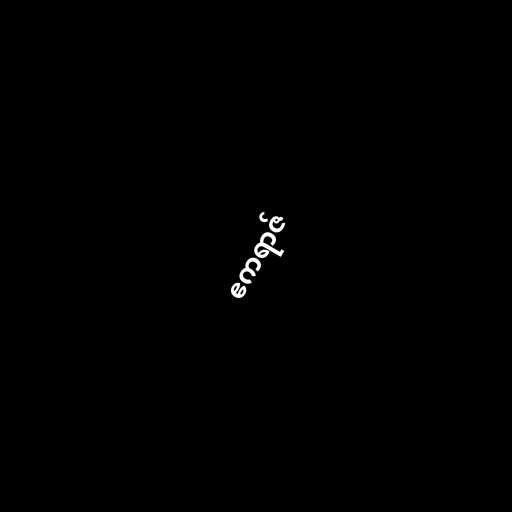
ဧကရာဇ်